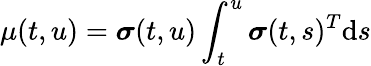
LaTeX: \mu(t,u)={\boldsymbol{\sigma}}(t,u)\int_{t}^{u}{\boldsymbol{\sigma}}(t,s)^{T}\mathrm{d}s